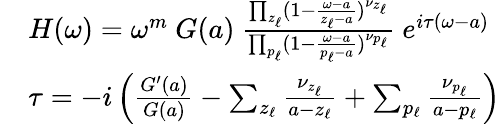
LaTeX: \begin{array}{r}{\begin{array}{rl}&{H(\omega)=\omega^{m}~G(a)~\frac{\prod_{z_{\ell}}(1-\frac{\omega-a}{z_{\ell}-a})^{\nu_{z_{\ell}}}}{\prod_{p_{\ell}}(1-\frac{\omega-a}{p_{\ell}-a})^{\nu_{p_{\ell}}}}~e^{i\tau(\omega-a)}}\\ &{\tau=-i\left(\frac{G^{\prime}(a)}{G(a)}-\sum_{z_{\ell}}\frac{\nu_{z_{\ell}}}{a-z_{\ell}}+\sum_{p_{\ell}}\frac{\nu_{p_{\ell}}}{a-p_{\ell}}\right)}\end{array}}\end{array}